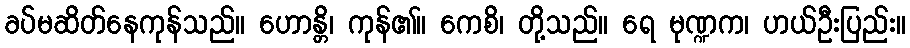
ခပ်မဆိတ်နေကုန်သည်။ ဟောန္တိ၊ ကုန်၏။ ကေစိ၊ တို့သည်။ ရေ မုဏ္ဍက၊ ဟယ်ဦးပြည်း။